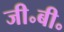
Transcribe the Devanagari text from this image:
जी॰बी॰